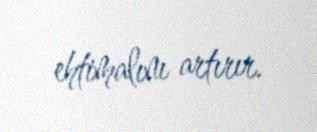
ehtimalını artırır.